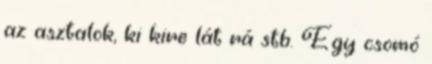
az asztalok, ki kire lát rá stb. Egy csomó